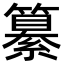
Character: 纂